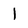
Character: l